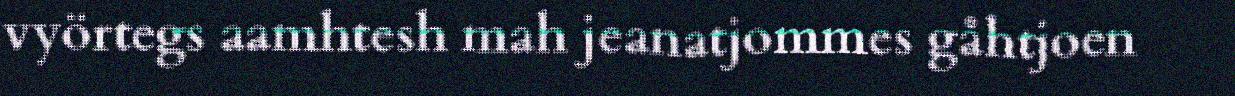
vyörtegs aamhtesh mah jeanatjommes gåhtjoen